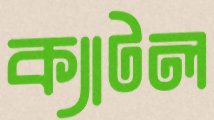
ক্যাটল